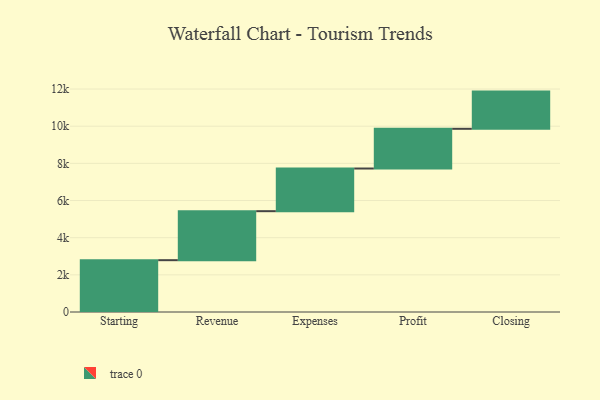
{"axis": {"x": "Step", "y": "Value"}, "legend": [""], "data": [{"x": "Starting", "y": 2789.0, "type": ""}, {"x": "Revenue", "y": 2637.0, "type": ""}, {"x": "Expenses", "y": 2296.0, "type": ""}, {"x": "Profit", "y": 2138.0, "type": ""}, {"x": "Closing", "y": 2002.0, "type": ""}]}